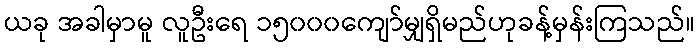
ယခု အခါမှာမူ လူဦးရေ ၁၅၀၀၀ကျော်မျှရှိမည်ဟုခန့်မှန်းကြသည်။